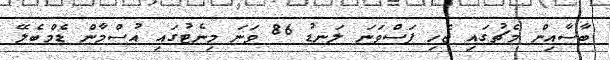
ބާސާއިން މެޗުގައި ޖެހި ފަސްވަނަ ލަނޑު 86 ވަނަ މިނެޓުގައި އުސްމާން ޑެމްބެލޭ